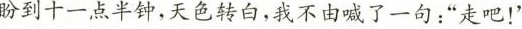
盼到十一点半钟，天色转白，我不由喊了一句:“走吧!